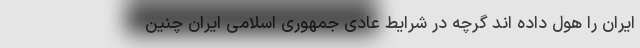
ایران را هول داده اند گرچه در شرایط عادی جمهوری اسلامی ایران چنین